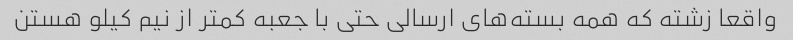
واقعا زشته که همه بسته‌های ارسالی حتی با جعبه کمتر از نیم کیلو‌ هستن